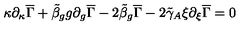
\kappa \partial _ { \kappa } \overline { { \Gamma } } + \tilde { \beta } _ { g } g \partial _ { g } \overline { { \Gamma } } - 2 \tilde { \beta } _ { g } \overline { { \Gamma } } - 2 \tilde { \gamma } _ { A } \xi \partial _ { \xi } \overline { { \Gamma } } = 0